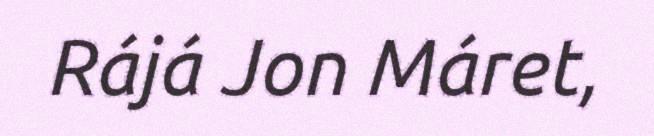
Rájá Jon Máret,